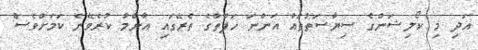
އަދި މި ކޯލިޝަންގެ ސިޔާސަތުތައް އަންނަ ހަފްތާގެ ތެރޭގައި އާންމު ކުރެވޭނެ ކަމަށްވެސް